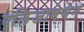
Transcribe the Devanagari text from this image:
एलिजाबेथेन